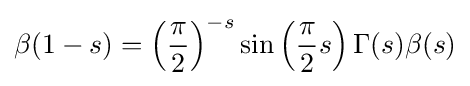
\beta (1-s)=\left({\frac {\pi }{2}}\right)^{-s}\sin \left({\frac {\pi }{2}}s\right)\Gamma (s)\beta (s)